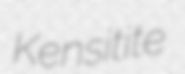
Kensitite